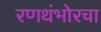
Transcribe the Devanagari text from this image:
रणथंभोरचा